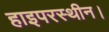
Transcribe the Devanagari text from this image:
हाइपरस्थीन।